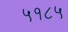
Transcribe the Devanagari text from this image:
५१८५